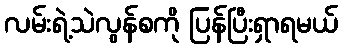
လမ်းရဲ့သဲလွန်စကို ပြန်ပြီးရှာရမယ်